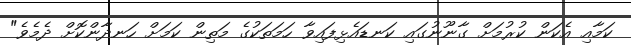
ކަމާއި އެކަން ކުރުމަށް ގާނޫނުގައި ކަނޑައެޅިފައިވާ ހަމަތަކުގެ މަތިން ކަމަށް ހަނދާންކޮށް ދެމެވެ"